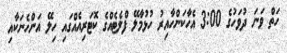
ހަތް ވަނަ ދުވަހުގެ 3:00 އެހާކަންހާއިރު ހުޅުމާލޭ ފްލެޓެއްގެ ކޮޓަރިއެއްގައި ހިލޭ އަންހެނަކާއި